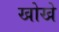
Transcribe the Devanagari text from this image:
खोखे